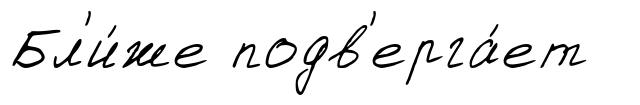
Бл'и́же подв'ерга́ет